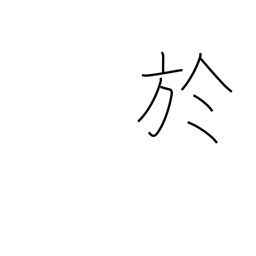
Meaning: on